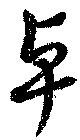
卓